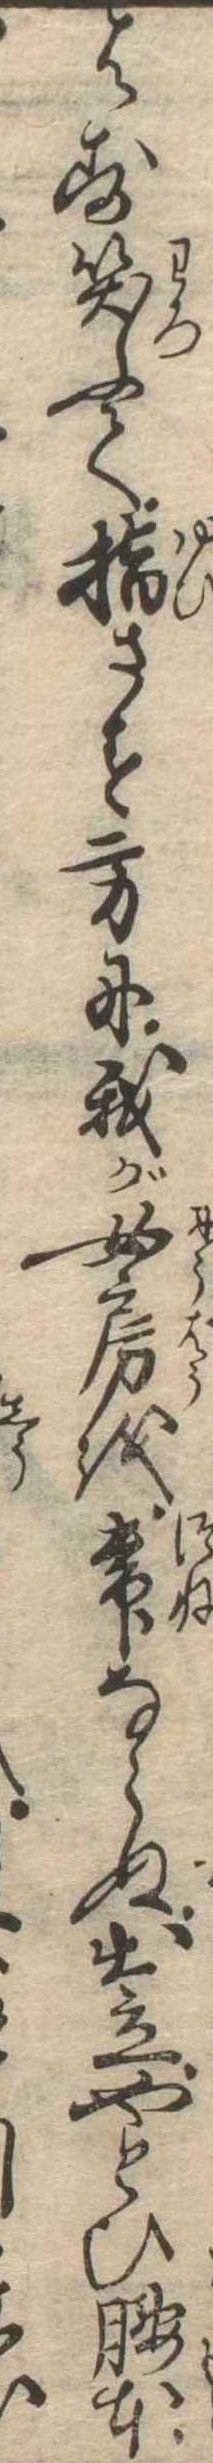
はず笑ふて指さす方に我が女房を常ならぬ出立やとひ腰本